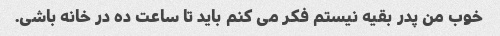
خوب من پدر بقیه نیستم فکر می کنم باید تا ساعت ده در خانه باشی.